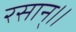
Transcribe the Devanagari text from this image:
रसान्।।